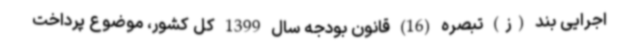
اجرایی بند (ز) تبصره (16) قانون بودجه سال 1399 کل کشور، موضوع پرداخت